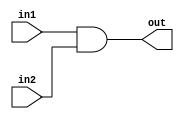
module m_and(input in1, input in2, output out);
    assign out = in1 & in2;
endmodule

module m_or(input in1, input in2, output out);
    assign out = in1 | in2;
endmodule

module m_not(input in1, output out);
    assign out = ~in1;
endmodule

module m_xor(input in1, input in2, output out);
    assign out = in1 ^ in2;
endmodule